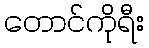
တောင်ကိုရီး